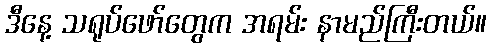
ဒီနေ့ သရုပ်ဖော်တွေက အရမ်း နာမည်ကြီးတယ်။